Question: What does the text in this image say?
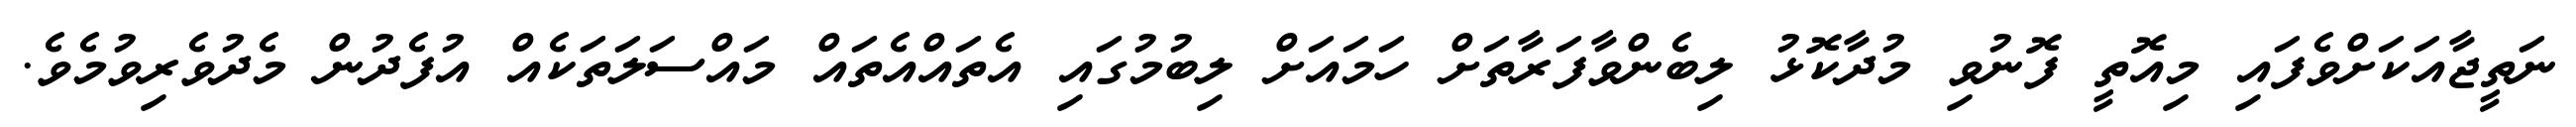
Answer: ނަތީޖާއަކަށްވެފައި މިއޮތީ ފޮނުވި މުދާކޮޅު ލިބެންވާފަރާތަށް ހަމައަށް ލިބުމުގައި އެތައްއެތައް މައްސަލަތަކެއް އުފެދުން މެދުވެރިވުމެވެ.